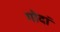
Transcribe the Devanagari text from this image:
गोदां